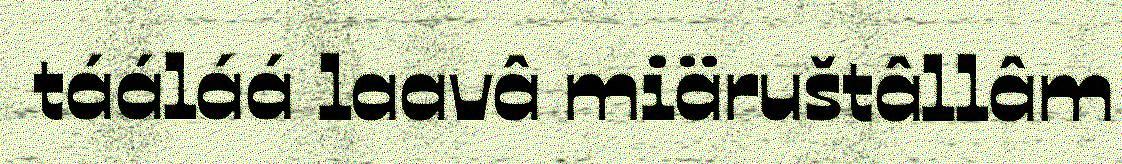
tááláá laavâ miäruštâllâm